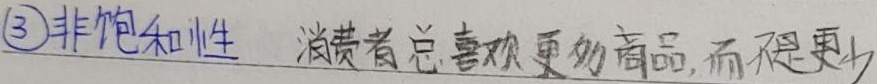
(3)非饱和性：消费者总喜欢更多商品，而不是更少